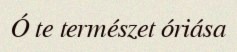
Ó te természet óriása